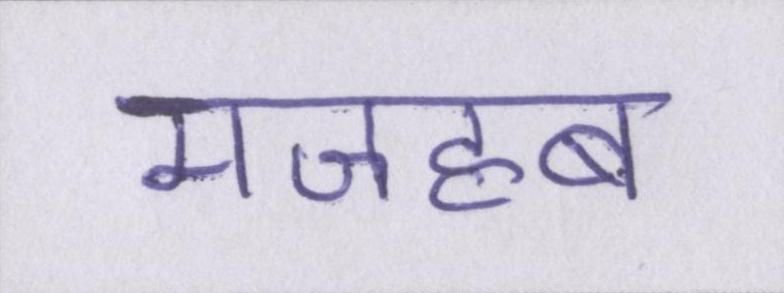
मजहब